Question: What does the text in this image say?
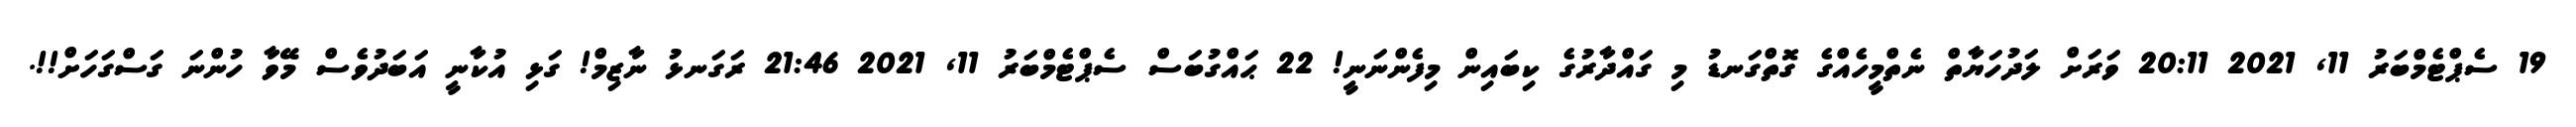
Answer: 19 ސެޕްޓެމްބަރު 11, 2021 20:11 ވަރަށް ލަދުހަޔާތް ނެތްމީހެއްގެ ގޮތްގަނޑު މި ގައްދާރުގެ ކިބައިން މިފެންނަނީ! 22 ޙައްގުބަސް ސެޕްޓެމްބަރު 11, 2021 21:46 ރަގަނޅު ނާޒިމް! ގަޅި އުކާނީ އަބަދުވެސް މޭވާ ހުންނަ ގަސްގަހަށް!!.